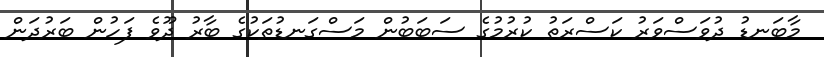
މާބަނޑު ދުވަސްވަރު ކަސްރަތު ކުރުމުގެ ސަބަބުން މަސްގަނޑުތަކުގެ ބާރު ދޫވެ ފަހުން ބަރުދަން